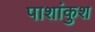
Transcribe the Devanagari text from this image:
पाशांकुश